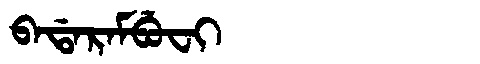
Manchu: ᠪᠠᡩᠠᡵᠠᠮᠪᡠᠸᡳ
Romanization: BADARAMBUFI